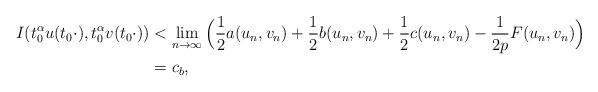
LaTeX: \begin{align*}I(t_{0}^{\alpha}u(t_{0}\cdot),t_{0}^{\alpha}v(t_{0}\cdot))&<\mathop{\lim}\limits_{n\rightarrow\infty}\Big(\frac{1}{2}a(u_{n},v_{n})+\frac{1}{2}b(u_{n},v_{n})+\frac{1}{2}c(u_{n},v_{n})-\frac{1}{2p}F(u_{n},v_{n})\Big)\\&=c_{b},\end{align*}